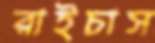
রাইচাস